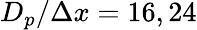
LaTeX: D_{p}/\Delta x=16,24